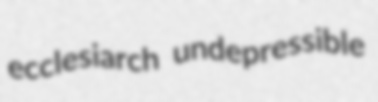
ecclesiarch undepressible